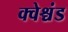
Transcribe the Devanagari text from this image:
क्वेश्चंड